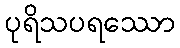
ပုရိသပရဿော